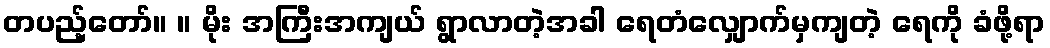
တပည့်တော်။ ။ မိုး အကြီးအကျယ် ရွာလာတဲ့အခါ ရေတံလျှောက်မှကျတဲ့ ရေကို ခံဖို့ရာ